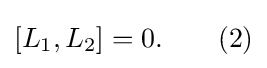
[L_{1},L_{2}]=0.\qquad (2)